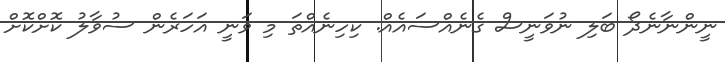
ނީންނާނެދޯ ބަލި ނުވަނީސް ގެނެއްސައެއް. ކިހިނެއްތަ މި ވަނީ އަހަރެން ސުވާލު ކޮށްކޮށް